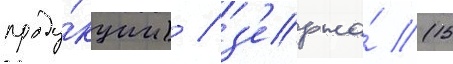
проду́кции) / з'ерна́ (15